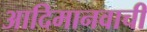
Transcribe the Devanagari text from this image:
आदिमानवाची